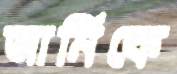
আর্মিকে